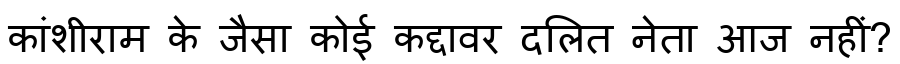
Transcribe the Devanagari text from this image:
कांशीराम के जैसा कोई कद्दावर दलित नेता आज नहीं?